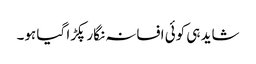
شاید ہی کوئی افسانہ نگار پکڑا گیا ہو۔